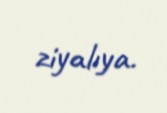
ziyalıya.